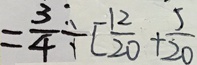
= \frac { 3 } { 4 } \div [ \frac { 1 2 } { 2 0 } + \frac { 5 } { 2 0 }